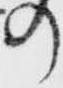
の